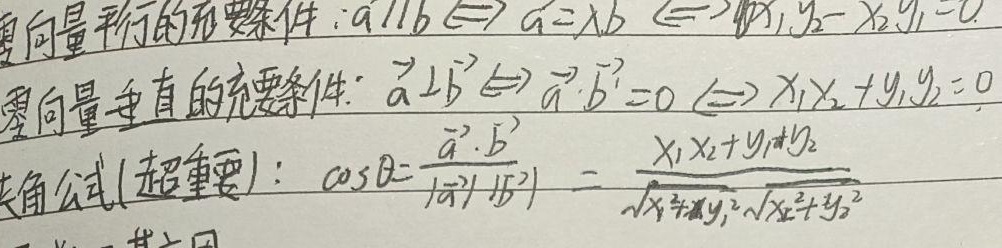
零向量平行的充要条件：
\(\vec{a} \parallel \vec{b} \Leftrightarrow \vec{a}=\lambda\vec{b} \Leftrightarrow x_1y_2 - x_2y_1 = 0\)

零向量垂直的充要条件：
\(\vec{a} \perp \vec{b} \Leftrightarrow \vec{a} \cdot \vec{b} = 0 \Leftrightarrow x_1x_2 + y_1y_2 = 0\)

夹角公式(超重要)：
\(\cos\theta=\frac{\vec{a} \cdot \vec{b}}{\vert\vec{a}\vert\vert\vec{b}\vert}=\frac{x_1x_2 + y_1y_2}{\sqrt{x_1^{2}+y_1^{2}}\sqrt{x_2^{2}+y_2^{2}}}\)